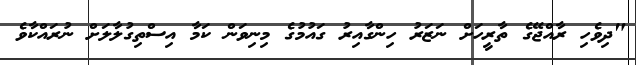
"ދިވެހި ރާއްޖޭގެ ތާރީހަށް ނަޒަރު ހިންގާއިރު ގައުމުގެ މިނިވަން ކަމާ އިސްތިގުލާލަށް ނުރައްކާވެ